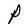
Character: P